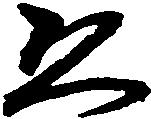
ゑ